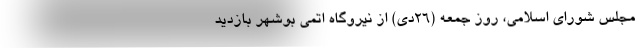
مجلس شورای اسلامی، روز جمعه (۲۶دی‌) از نیروگاه اتمی بوشهر بازدید